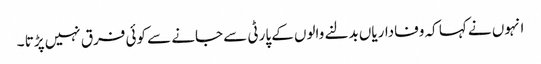
انہوں نے کہا کہ وفاداریاں بدلنے والوں کے پارٹی سے جانے سے کوئی فرق نہیں پڑتا ۔